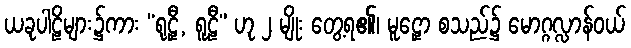
ယခုပါဠိများ၌ကား “ရုဠှီ, ရူဠီ” ဟု ၂ မျိုး တွေ့ရ၏၊ မူဠှော စသည်၌ မောဂ္ဂလ္လာန်ဝယ်